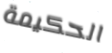
الحكيمة